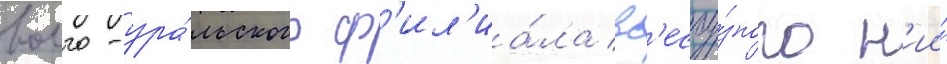
волго-ура́льского ф'ил'иа́ла вс'есоу́зного н'ии́